Annual report on the working of the mental hospitals in the Madras Presidency - 1912-1932
Year: 1912
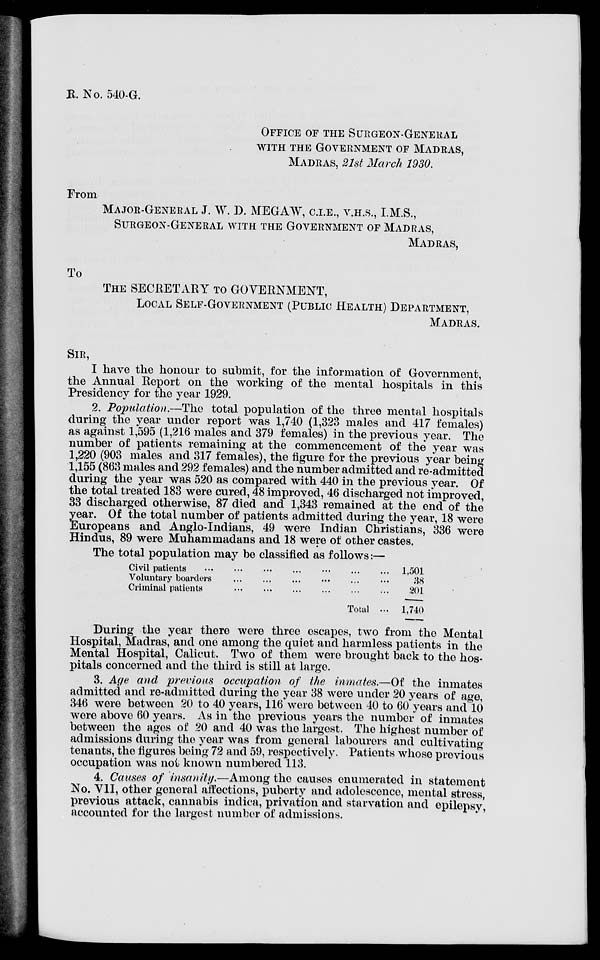
R. No. 540-G.
OFFICE OF THE SURGEON-GENERAL
WITH THE GOVERNMENT OF MADRAS,
MADRAS, 21st March 1930.
From
MAJOR-GENERAL J. W. D. MEGAW, C.I.E., V.H.S., I.M.S.,
SURGEAN-GENERAL WITH THE GOVERNMENT OF MADRAS,
MADRAS,
To
THE SECRETARY TO GOVERNMENT,
LOCAL SELF-GOVERNMENT (PUBLIC HEALTH) DEPARTMENT,
MADRAS.
SIR,
I have the honour to submit, for the information of Government,
the Annual Report on the working of the mental hospitals in this
Presidency for the year 1929.
2. Population.—The total population of the three mental hospitals
during the year under report was 1,740 (1,323 males and 417 females)
as against 1,595 (1,216 males and 379 females) in the previous year. The
number of patients remaining at the commencement of the year was
1,220 (903 males and 317 females), the figure for the previous year being
1,155 (863 males and 292 females) and the number admitted and re-admitted
during the year was 520 as compared with 440 in the previous year. Of
the total treated 183 were cured, 48 improved, 46 discharged not improved,
33 discharged otherwise, 87 died and 1,343 remained at the end of the
year. Of the total number of patients admitted during the year, 18 were
Europeans and Anglo-Indians, 49 were Indian Christians, 336 were
Hindus, 89 were Muhammadans and 18 were of other castes.
The total population may be classified as follows:—
Civil patients
...
...
...
...
Voluntary boarders
...
...
...
...
Criminal patients
...
...
...
...
Total ...
1,501
38
201
1,740
During the year there were three escapes, two from the Mental
Hospital, Madras, and one among the quiet and harmless patients in the
Mental Hospital, Calicut. Two of them were brought back to the hos-
pitals concerned and the third is still at large.
3. Age and previous occupation of the inmates.—Of the inmates
admitted and re-admitted during the year 38 were under 20 years of age,
346 were between 20 to 40 years, 116 were between 40 to 60 years and 10
were above 60 years. As in the previous years the number of inmates
between the ages of 20 and 40 was the largest. The highest number of
admissions during the year was from general labourers and cultivating
tenants, the figures being 72 and 59, respectively. Patients whose previous
occupation was not known numbered 113.
4. Causes of insanity.—Among the causes enumerated in statement
No. VII, other general affections, puberty and adolescence, mental stress,
previous attack, cannabis indica, privation and starvation and epilepsy,
accounted for the largest number of admissions.